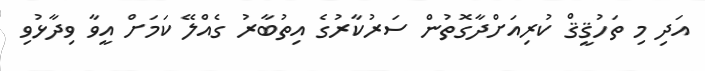
އަދި މި ތަހުޤީޤް ކުރިއަށްދާގޮތުން ސަރުކާރުގެ އިތުބާރު ގެއްލޭ ކަމަށް އީވާ ވިދާޅުވި